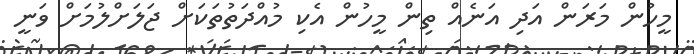
މީހުން މަރަން އަދި އަނެއް ތިން މީހުން އެކި މުއްދަތުތަކަށް ޖަލަށްލުމަށް ވަނީ